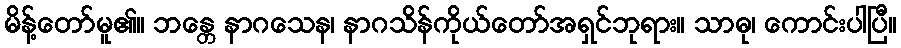
မိန့်တော်မူ၏။ ဘန္တေ နာဂသေန၊ နာဂသိန်ကိုယ်တော်အရှင်ဘုရား။ သာဓု၊ ကောင်းပါပြီ။